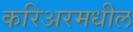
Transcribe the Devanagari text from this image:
करिअरमधील